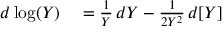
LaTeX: \begin{array} { r l } { d \log ( Y ) } & { { } = { \frac { 1 } { Y } } \, d Y - { \frac { 1 } { 2 Y ^ { 2 } } } \, d [ Y ] } \end{array}